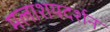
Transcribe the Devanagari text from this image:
मलाशयदर्शन